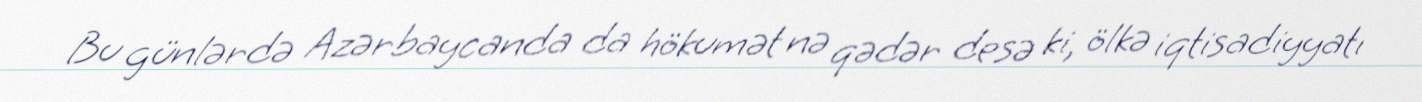
Bu günlərdə Azərbaycanda da hökumət nə qədər desə ki, ölkə iqtisadiyyatı